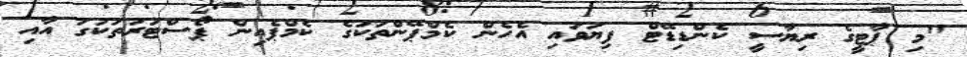
"މި ޕާޓީގެ ރިޔާސީ ކެންޑިޑޭޓް ފިޔަވައި އެހެން ކެމްޕޭންތަކުގެ ކެމްޕެއިން ޕޯސްޓަރުތަކުގަ އާއި